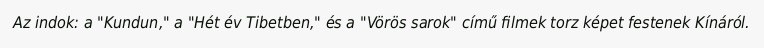
Az indok: a "Kundun," a "Hét év Tibetben," és a "Vörös sarok" című filmek torz képet festenek Kínáról.